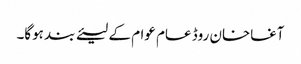
آغاخان روڈ عام عوام کے لیئے بند ہوگا۔